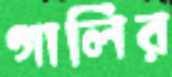
গালির